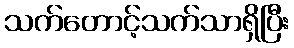
သက်တောင့်သက်သာရှိပြီး